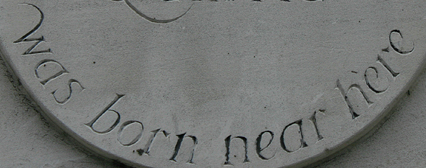
was born near here